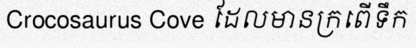
Crocosaurus Cove ដែលមានក្រពើទឹក